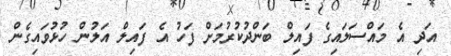
އަދި އެ މައްސަލައިގެ ފައިލް ބަންދުކުރުމަށް ފަހު އެ ފައިލް އަލުން ހުޅުވައިގެން